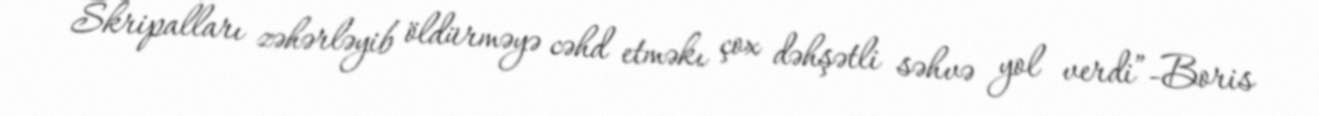
Skripalları zəhərləyib öldürməyə cəhd etməkı çox dəhşətli səhvə yol verdi”-Boris